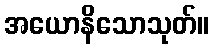
အယောနိသောသုတ်။